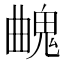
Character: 𩳄